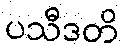
ပသီဒတိ